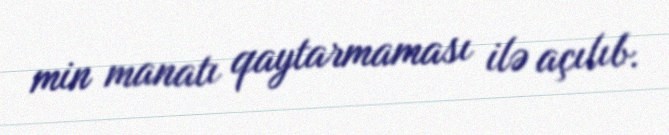
min manatı qaytarmaması ilə açılıb.